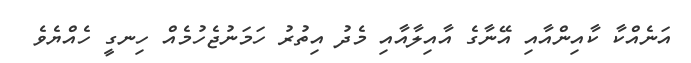
އަނެއްކާ ކާއިންއާއި އޭނާގެ އާއިލާއާއި މެދު އިތުރު ހަމަނުޖެހުމެއް ހިނގީ ހެއްޔެވެ